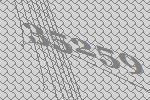
35259